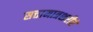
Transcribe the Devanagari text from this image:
सत्तामात्रशरीरं